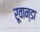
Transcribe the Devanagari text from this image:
रूवान्डा